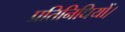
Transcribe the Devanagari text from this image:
प्रतिनिधियों।